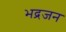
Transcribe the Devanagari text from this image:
भद्रजन